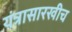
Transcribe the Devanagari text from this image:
यंत्रासारखीच